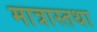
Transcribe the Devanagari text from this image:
मात्रास्तथा